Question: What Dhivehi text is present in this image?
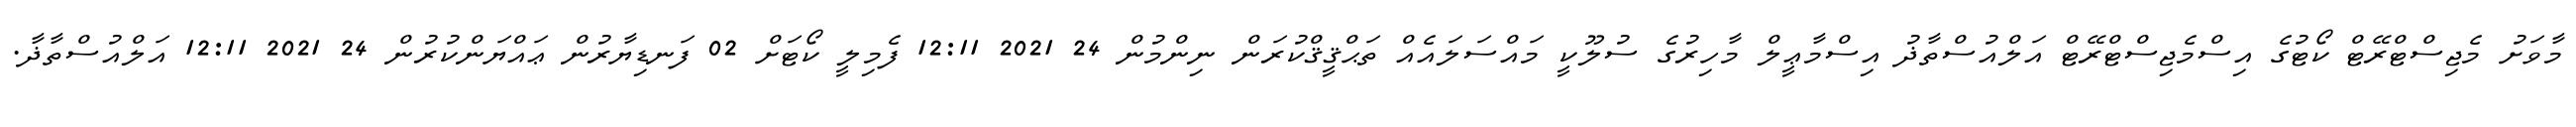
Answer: މާވަށު މެޖިސްޓްރޭޓް ކޯޓުގެ އިސްމެޖިސްޓްރޭޓް އަލްއުސްތާޛު އިސްމާޢީލް މާހިރުގެ ސުލޫކީ މައްސަލައެއް ތަޙްޤީޤްކުރަން ނިންމުން 24 2021 12:11 ފެމިލީ ކޯޓަށް 02 ފަނޑިޔާރުން ޢައްޔަންކުރުން 24 2021 12:11 އަލްއުސްތާޛާ.